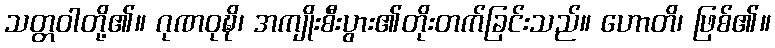
သတ္တဝါတို့၏။ ဂုဏဝုဍ္ဎိ၊ အကျိုးစီးပွား၏တိုးတက်ခြင်းသည်။ ဟောတိ၊ ဖြစ်၏။